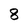
Character: 8